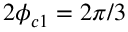
2 \phi _ { c 1 } = 2 \pi / 3